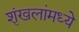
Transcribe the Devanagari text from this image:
शृंखलांमध्ये